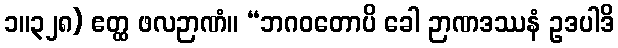
၁။၃၂၈) ဧတ္ထ ဖလဉာဏံ။ “ဘဂဝတောပိ ခေါ ဉာဏဒဿနံ ဥဒပါဒိ